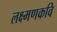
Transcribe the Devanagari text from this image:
लक्ष्मणकवि